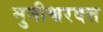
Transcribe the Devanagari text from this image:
मुनीश्वरदत्त